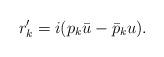
LaTeX: \begin{align*} r_k' = i ( p_k \bar u - \bar p_k u). \end{align*}